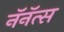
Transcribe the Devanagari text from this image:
नॅनॅत्स